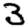
Digit: 3